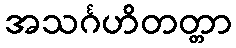
အသင်္ဂဟိတတ္တာ